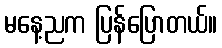
မနေ့ညက ပြန်ပြောတယ်။